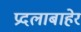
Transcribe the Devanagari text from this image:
प्रदलाबाहेर